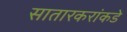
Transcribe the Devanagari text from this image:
सातारकरांकडे